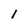
Character: 1